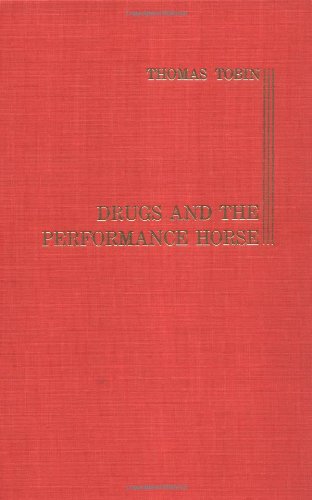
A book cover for Drugs and the Performance Horse; Thomas Tobin; Medical Books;